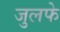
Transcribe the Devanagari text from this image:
जुलफे